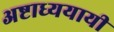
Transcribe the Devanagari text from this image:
अष्टाध्ययायी